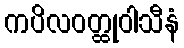
ကပိလဝတ္ထုဝါသီနံ